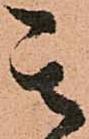
其